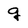
Character: g